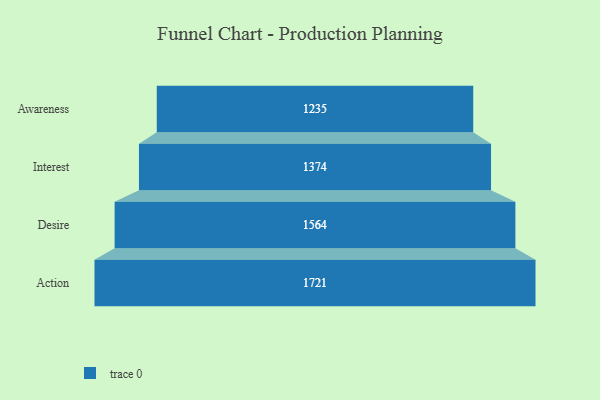
{"axis": {"x": "Stage", "y": "Value"}, "legend": [""], "data": [{"x": "Awareness", "y": 1235.0, "type": ""}, {"x": "Interest", "y": 1374.0, "type": ""}, {"x": "Desire", "y": 1564.0, "type": ""}, {"x": "Action", "y": 1721.0, "type": ""}]}